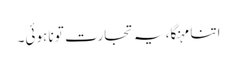
اتنا مہنگا، یہ تجارت تو نا ہوئی۔